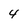
Character: 4